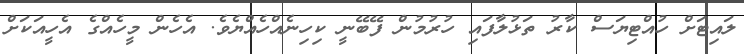
ލައިޓަށް ހުއްޓިޔަސް ކާރު ތަޅުލާފައި ހުރުމުން ފޭބޭނީ ކިހިނެއްހެއްޔެވެ. އެހެން މީހެއްގެ އެހީއަކަށް